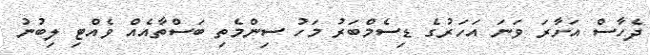
ދެހާސް އަށާރަ ވަނަ އަހަރުގެ ޑިސެމްބަރު މަހު ސިންމެތި ބަސްތާއެއް ވެއްޓި ލިބުނު